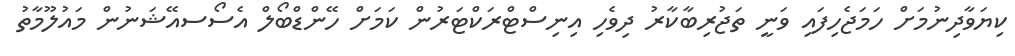
ކިޔަވާދިނުމަށް ހަމަޖެހިފައި ވަނީ ތަޖުރިބާކާރު ދިވެހި އިނިސްޓްރަކްޓަރުން ކަމަށް ހޭންޑްބޯލް އެސޯސއޭޝަނުން މައުލޫމާތު